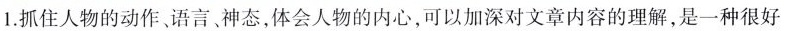
1.抓住人物的动作、语言、神态，体会人物的内心，可以加深对文章内容的理解，是一种很好